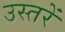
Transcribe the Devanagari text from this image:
उस्तरें